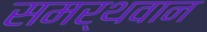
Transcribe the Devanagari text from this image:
समर्थवान